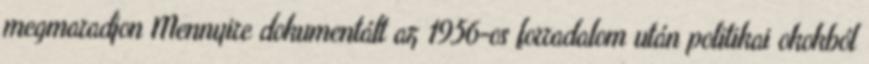
megmaradjon Mennyire dokumentált az 1956-os forradalom után politikai okokból